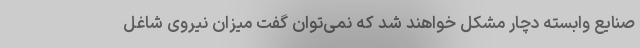
صنایع وابسته دچار مشکل خواهند شد که نمی‌توان گفت میزان نیروی شاغل